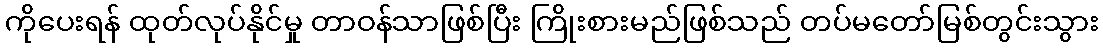
ကိုပေးရန် ထုတ်လုပ်နိုင်မှု တာဝန်သာဖြစ်ပြီး ကြိုးစားမည်ဖြစ်သည် တပ်မတော်မြစ်တွင်းသွား